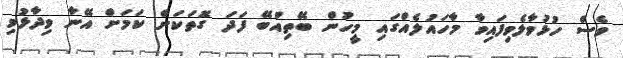
ވެސް ހުޅުވާލެވިފައިވާ މާހައުލެއްގައި މީހުން ބޭތިއްބޭ ފަދަ ގޮތަކަށް ކަމަށް އޭނާ ވިދާޅުވި